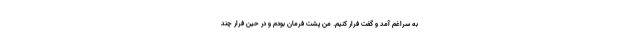
به سراغم آمد و گفت فرار کنیم. من پشت فرمان بودم و در حین فرار چند